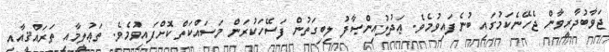
ޖަވާބުދާރީވާން ޖެހޭނެކަމުގައި ބުނެފައިވުމެވެ. ޢަދުލުއިންޞާފު ލިބިގަތުން ފަސޭހަކުރަން މަސައްކަތް ކޮށްފައިވުމެވެ. ތަޢުލީމާއި ތަރައްޤީއާއި